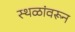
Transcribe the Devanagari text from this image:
स्थळांवरून